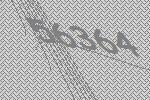
56364